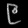
Digit: ၉